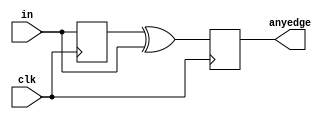
/*

Copyright 2022 Marc Ketel
SPDX-License-Identifier: Apache-2.0

*/

`default_nettype none

module top_module (
    input wire clk,
    input wire [7:0] in,
    output wire [7:0] anyedge
);

  reg [7:0] previous_pin_r = 8'b0;
  reg [7:0] anyedge_r = 8'b0;

  assign anyedge = anyedge_r;

  always @(posedge clk) begin
    anyedge_r <= previous_pin_r ^ in;
    previous_pin_r <= in;
  end

endmodule